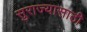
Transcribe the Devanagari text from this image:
सुराज्यासाठी